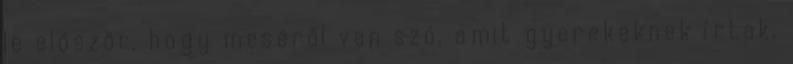
le először, hogy meséről van szó, amit gyerekeknek írtak,